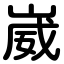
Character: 崴